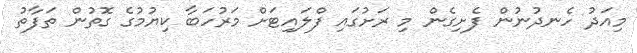
މިއަދު ހެނދުނުން ފެށިގެން މި ރަށުގައި ފްލައިޓަށް މަރުހަބާ ކިޔުމުގެ ގޮތުން ތަފާތު